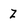
Character: Z